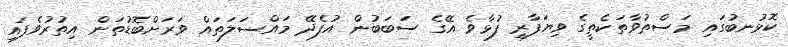
ކޮޅުނބުގައި މަސްތުވާތަކެތީގެ ވިޔަފާރި ފުޅާވެ އޭގެ ސަބަބުން އުފެދޭ މައްސަލަތައް ވަރަށްބޮޑުތަން އިތުރުވެފައި